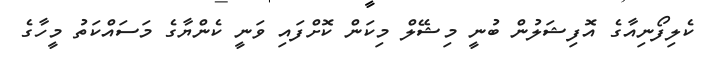
ކެލިފޯނިއާގެ އޮފިޝަލުން ބުނީ މިޝޭލް މިކަން ކޮށްފައި ވަނީ ކެންޔާގެ މަސައްކަތު މީހާގެ